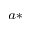
^ { a * }